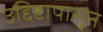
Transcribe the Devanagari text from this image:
उद्दिष्टापासून